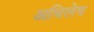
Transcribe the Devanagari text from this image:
अधिलेष